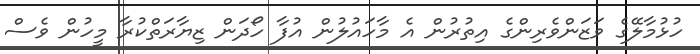
ހުޅުމާލޭގެ ވަޒަންވެރިންގެ އިތުރުން އެ މާހައުލުން އުފާ ހޯދަން ޒިޔާރަތްކުރާ މީހުން ވެސް